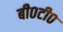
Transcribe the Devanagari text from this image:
बी०टी०